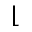
\lfloor